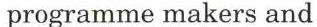
programme makers and